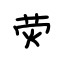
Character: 荧